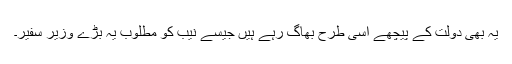
یہ بھی دولت کے پیچھے اسی طرح بھاگ رہے ہیں جیسے نیب کو مطلوب یہ بڑے وزیر سفیر۔